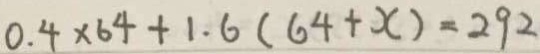
0 . 4 \times 6 4 + 1 . 6 ( 6 4 + x ) = 2 9 2